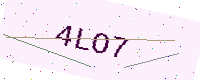
Text: 4LO7